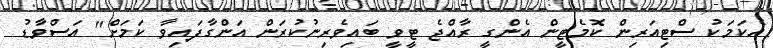
އެކަމަކު ސްޓިއަރިން ކޮމެޓީން އެންގީ ރާއްޖެ ޓީވީ ބައިވެރިނުކުރަން އަންގާފައިވާ ކަމަށް" އަސްވާޑު